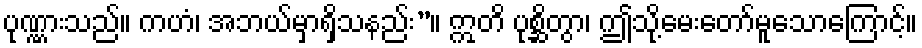
ပုဏ္ဏားသည်။ ကဟံ၊ အဘယ်မှာရှိသနည်း”။ ဣတိ ပုစ္ဆိတွာ၊ ဤသို့မေးတော်မူသောကြောင့်။